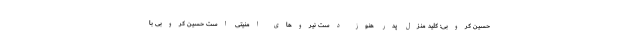
حسین کروبی: کلید منزل پدر هنوز دست نیروهای امنیتی است حسین کروبی با